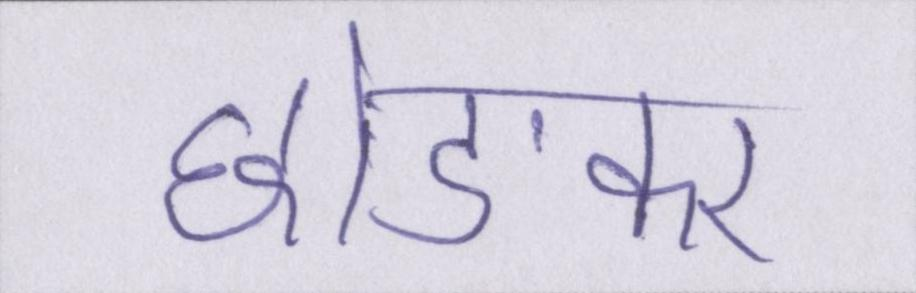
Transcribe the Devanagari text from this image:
छोङकर